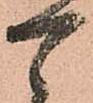
可